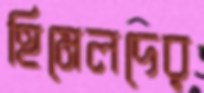
হিমেলদের